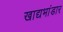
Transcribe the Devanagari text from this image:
खाद्यभांडार